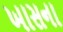
ખાસના